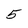
Character: 5